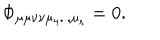
\Phi _ { \mu \mu \nu \nu \mu _ { 4 } . . . \mu _ { s } } = 0 .